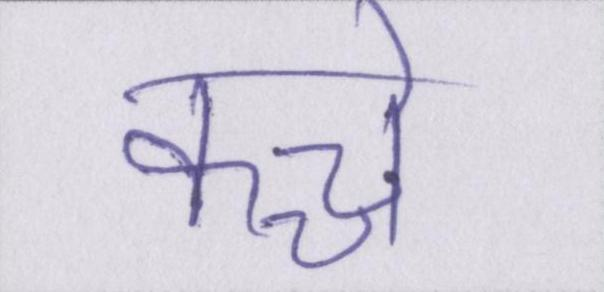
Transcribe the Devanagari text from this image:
कच्चे